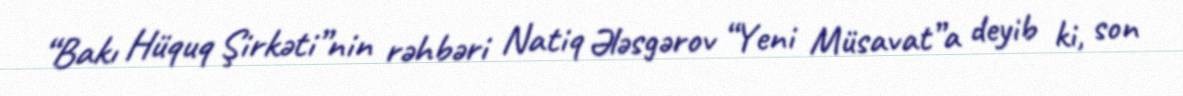
“Bakı Hüquq Şirkəti”nin rəhbəri Natiq Ələsgərov “Yeni Müsavat”a deyib ki, son